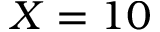
X = 1 0